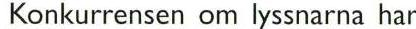
 Konkurrensen om lyssnarna har